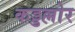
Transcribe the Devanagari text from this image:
कड्डल्लोर